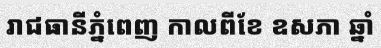
រាជធានីភ្នំពេញ កាលពីខែ ឧសភា ឆ្នាំ